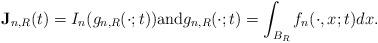
LaTeX: \begin{align*}{\bf J}_{n,R} (t) = I_n(g_{n,R}(\cdot;t)) \mbox{and} g_{n,R}(\cdot;t)=\int_{B_R} f_n(\cdot,x;t) dx.\end{align*}